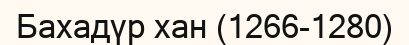
Бахадүр хан (1266-1280)